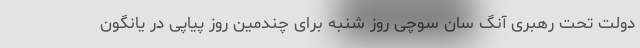
دولت تحت رهبری آنگ سان سوچی روز شنبه برای چندمین روز پیاپی در یانگون